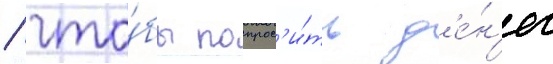
/ что́бы попрос'и́ть д'е́н'ег